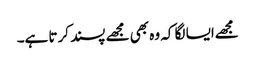
مجھےایسا لگا کہ وہ بھی مجھے پسند کرتا ہے۔